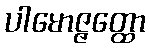
ပါမောဇ္ဇတ္ထော